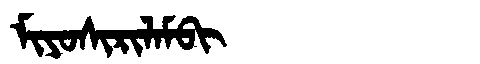
Manchu: ᠮᡳᠶᠣᠰᡳᡵᡳᠯᠠᠮᠪᡳ
Romanization: MIYOSIRILAMBI